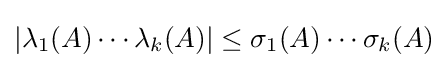
|\lambda _{1}(A)\cdots \lambda _{k}(A)|\leq \sigma _{1}(A)\cdots \sigma _{k}(A)